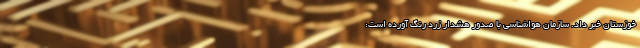
خوزستان خبر داد. سازمان هواشناسی با صدور هشدار زرد رنگ آورده است: